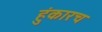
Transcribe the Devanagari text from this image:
हुंकारच